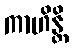
ကာဟိန္တိ